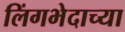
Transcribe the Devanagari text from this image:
लिंगभेदाच्या